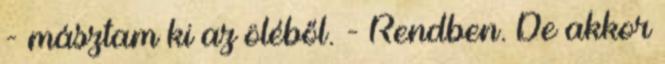
- másztam ki az öléből. - Rendben. De akkor